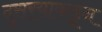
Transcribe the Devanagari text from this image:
दुसर्‍याकडून